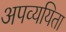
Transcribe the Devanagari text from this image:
अपव्ययिता